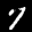
Label: 7